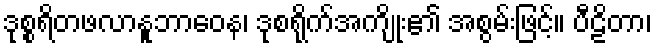
ဒုစ္စရိတဖလာနူဘာဝေန၊ ဒုစရိုက်အကျိုး၏ အစွမ်းဖြင့်။ ပီဠိတာ၊